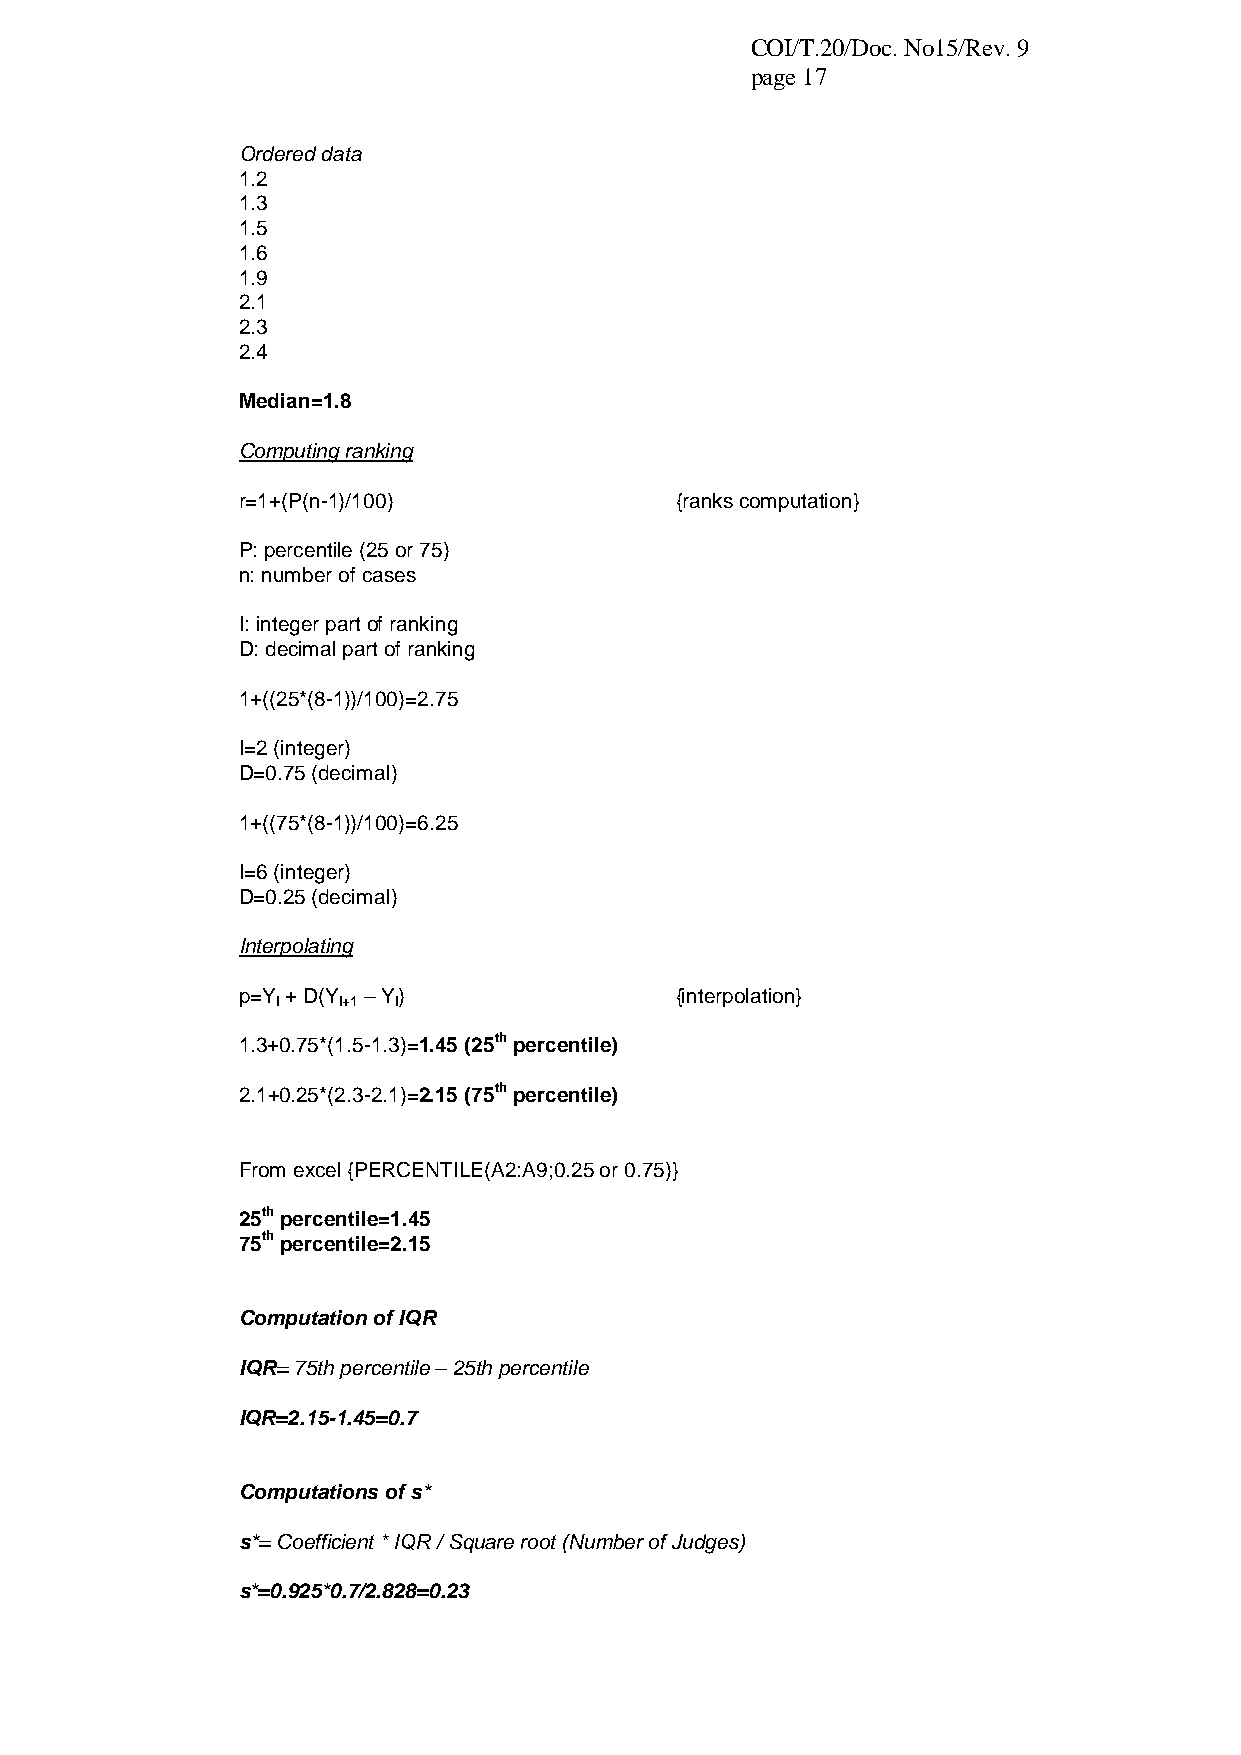
COI/T.20/Doc. No15/Rev. 9
 page 17
 Ordered data
 1.2
 1.3
 1.5
 1.6
 1.9
 2.1
 2.3
 2.4
 Median=1.8
 Computing ranking
 r=1+(P(n-1)/100)             {ranks computation}
 P: percentile (25 or 75)
 n: number of cases
 I: integer part of ranking
 D: decimal part of ranking
 1+((25*(8-1))/100)=2.75
 I=2 (integer)
 D=0.75 (decimal)
 1+((75*(8-1))/100)=6.25
 I=6 (integer)
 D=0.25 (decimal)
 Interpolating
 p=Y + D(Y – Y)               {interpolation}
 I   I+1 I
 1.3+0.75*(1.5-1.3)=1.45 (25th percentile)
 2.1+0.25*(2.3-2.1)=2.15 (75th percentile)
 From excel {PERCENTILE(A2:A9;0.25 or 0.75)}
 25th percentile=1.45
 75th percentile=2.15
 Computation of IQR
 IQR= 75th percentile – 25th percentile
 IQR=2.15-1.45=0.7
 Computations of s*
 s*= Coefficient * IQR / Square root (Number of Judges)
 s*=0.925*0.7/2.828=0.23